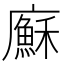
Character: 㢝